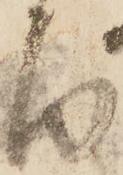
面